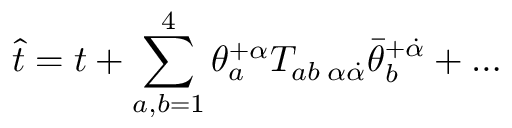
\hat { t } = t + \sum _ { a , b = 1 } ^ { 4 } \theta _ { a } ^ { + \alpha } T _ { a b \; \alpha \dot { \alpha } } \bar { \theta } _ { b } ^ { + \dot { \alpha } } + \ldots